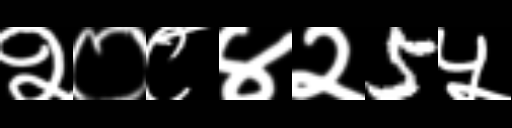
Text: २०८४२5५